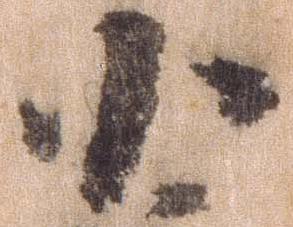
小